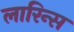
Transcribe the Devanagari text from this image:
लारिन्स